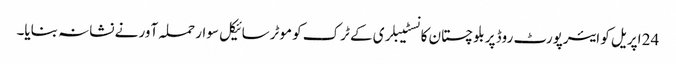
24 اپریل کو ایئرپورٹ روڈ پر بلوچستان کانسٹیبلری کے ٹرک کو موٹرسائیکل سوار حملہ آور نے نشانہ بنایا۔